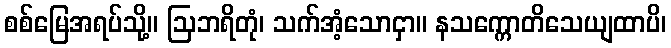
စစ်မြေအရပ်သို့။ ဩဘရိတုံ၊ သက်အံ့သောငှာ။ နသက္ကောတိသေယျထာပိ၊